Vaccination in Bombay 1902-1912 - 1902-1912
Year: 1902
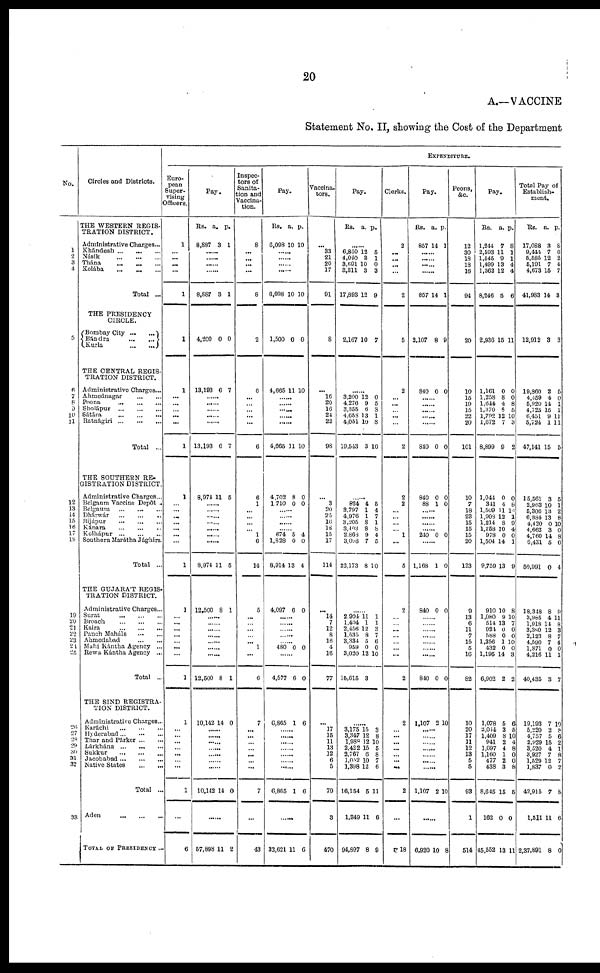
20
A.—VACCINE
Statement No. II, showing the Cost of the Department
No.
1
2
3
4
5
6
7
8
9
10
11
12
13
14
15
16
17
18
19
20 21
22
23 24
25
26
27
28
29
30
31
32
33
Circles and Districts.
THE WESTERN REGIS-
TRATION DISTRICT.
Administrative Charges...
Khándesh ...
...
...
Násik ... ... ...
Thána
... ... ...
Kolába
...
...
...
Total ...
THE PRESIDENCY
CIRCLE.
Bombay City ...
...
Bándra
...
...
Kurla
...
...
THE CENTRAL REGIS-
TRATION DISTRICT.
Administrative Charges...
Ahmednagar
...
...
Poona
...
...
...
Sholápur
...
...
...
Sátára
...
...
...
Ratnágiri
...
...
...
Total ...
THE SOUTHERN RE-
GISTRATION DISTRICT.
Administrative Charges...
Belgaum Vaccine Depôt ..
Belgaum ... ... ...
Dhárwár
...
...
...
Bijápur ... ... ...
Kánara ... ... ...
Kolhápur
...
...
...
Southern Marátha Jághirs.
Total ...
THE GUJARÁT REGIS-
TRATION DISTRICT.
Administrative Charges...
Surat ... ... ...
Broach
...
...
...
Kaira ... ... ...
Panch Maháls ... ...
Ahmedabad
...
...
Mahi Kántha Agency ...
Rewa Kántha Agency ...
Total ...
THE SIND REGISTRA-
TION DISTRICT.
Administrative Charges...
Karáchi
...
...
...
Hyderabad...
...
...
Thar and Párker
...
...
Lárkhána
...
...
Sukkur ... ... ...
Jacobabad ... ... ...
Native States ... ...
Total ...
Aden ... ... ...
TOTAL OF PRESIDENCY ...
EXPENDITURE.
Euro-
pean
Super-
vising
Officers.
1
...
...
...
...
1
1
1
...
...
...
...
...
1
1
...
...
...
...
...
...
...
1
1
...
...
...
...
...
...
...
1
1
...
...
...
...
...
...
...
1
...
6
Pay.
Rs.
8,887
a.
3
p.
1
......
......
......
8,887 3 1
4,200 0 0
13,193 6 7
......
......
......
......
13,193 6 7
8,974 11 5
......
......
......
......
......
......
......
8,974 11 5
12,500 8 1
......
......
......
......
......
......
......
12,500 8 1
10,142 14 0
......
......
......
......
......
......
......
10,142 14 0
......
57,898 11 2
Inspec-
tors of
Sanita-
tion and
Vaccina-
tion.
8
...
...
...
...
8
2
6
...
...
...
...
...
6
6
1
...
...
...
...
1
6
14
5
...
...
...
...
... 1
...
6
7
...
...
...
...
...
...
...
7
...
43
Pay.
Rs.
6,098
a.
10
p.
10
......
......
......
6,098 10 10
1,500 0 0
4,665 11 10
......
......
......
......
......
4,665 11 10
4,702
1,710
8
0
0
0
......
......
......
......
674
1,828
8,914
5
0
13
4
0
4
4,097 6 0
......
......
......
......
......
480 0 0
......
4,577 6 0
6,865 1 6
......
......
......
......
......
......
......
6,865 1 6
......
32,621 11 6
Vaccina¬
tors.
...
33
21
20
17
91
8
...
16
20
16
24
22
98
...
3
20
25
16
18
15
17
114
...
14
7
12
8
16
4
16
77
...
17
15
11
13
12
6
5
79
3
470
Pay.
Rs. a. p.
......
6,850
4,040
3,691
3,311
17,893
12
3
10
3
12
5
1
0
3
9
2,167 10 7
......
3,200
4,276
3,355
4,658
4,051
19,543
12
0
6
13
10
3
0
5
8
1
8
10
......
824
3,797
4,976
3,205
3,403
2,868
3,098
22,173
4
1
1
8
8
9 7
8
5
4
7
1
8
4
5
10
......
2,904
1,404
2,456
1,535
3,334
959
3,020
15,615
11
1
12
8
5
0
12
3
1
1
3
7
6
0
10
......
3,175
3,347
1,988
2,422
2,767
1,052
1,398
16,154
1,349
94,897
15
12
12
15
6
10
12
5
11
8
3
8
10
5
8
7
6
11
6
9
Clerks.
2
...
...
...
...
2
5
2
...
...
...
...
...
2
2
2
...
...
...
... 1
...
5
2
...
...
...
...
...
...
...
2
2
...
...
...
...
...
...
...
2
...
18
Pay.
Rs.
857
a.
14
p.
1
......
......
......
......
857 14 1
2,107 8 9
840 0 0
......
......
......
......
......
840 0 0
840
88
0
1
0
0
......
......
......
......
240 0 0
......
1,168 1 0
840 0 0
......
......
......
......
......
......
......
840 0 0
1,107 2 10
......
......
......
......
......
......
......
1,107 2 10
6,920 10 8
Peons,
&c.
12
30
18
18
16
94
20
10
15
19
15
22
20
101
10
7
18
23
15
15
15
20
123
9
13
6
11
7
15
5
16
82
10
20
17
11
12
13
5
5
93
1
514
Pay.
Rs.
1,244
2,593
1,545
1,499
1,362
8,246
a.
7
11
9
13
12
5
p.
8
1
1
4
4
6
2,936 15 11
1,161
1,258
1,644
1,370
1,792
1,672
8,899
0
8
4
8
12
7
9
0
0
8
5
10
3
2
1,044
341
1,509
1,908
1,214
1,258
978
1,504
9,759
0
4
11
12
8
10
0
14
13
0
8
16
1
9
4
0
1
9
910
1,080
514
924
588
1,256
432
1,195
6,902
10
9
13
0
0
1
0
14
2
8
10
7
0
0
10
0
3
2
1,078
2,044
1,409
941
1,097
1,160
477
438
8,645
162
45,552
5
3
8
2
4
1
2
3
15
0
13
6
5
10
4
8
0
0
8
5
0
11
Total Pay of
Establish-
ment.
Rs.
17,088
9,444
5,585
5,191
4,673
41,983
a.
3
7
12
7
15
14
p.
8
6
2
4
7
3
12,912 3 3
19,860
4,459
5,920
4,725
6,451
5,724
47,141
2
4
14
15
9
1
15
5
0
1
1
11
11
5
15,561
2,963
5,306
6,884
4,420
4,662
4,760
6,431
50,991
3
10
13
13
0
3
14
5
0
5
1
2
8
10
0
8
6
4
18,348
3,985
1,918
3,380
2,123
4,590
1,871
4,216
40,435
8
4
14
12
8
7
0
11
3
9
11
8
3
7
4
0
1
7
19,193
5,220
4,757
2,929
3,520
3,927
1,529
1,837
42,915
1,511
2,37,891
7
2
5
15
4
7
12
0
7
11
8
10
8
6
2
1
8
7
2
8
6
0